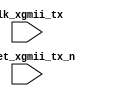
module sync_clk_core(/*AUTOARG*/
  // Inputs
  clk_xgmii_tx, reset_xgmii_tx_n
  );
 
input         clk_xgmii_tx;
input         reset_xgmii_tx_n;
 
//input         ctrl_tx_disable_padding;
 
//output        ctrl_tx_disable_padding_ccr;
 
 
/*AUTOREG*/
 
/*AUTOWIRE*/
 
//wire  [0:0]             sig_out;
 
//assign {ctrl_tx_disable_padding_ccr} = sig_out;
 
//meta_sync #(.DWIDTH (1)) meta_sync0 (
//                      // Outputs
//                      .out              (sig_out),
//                      // Inputs
//                      .clk              (clk_xgmii_tx),
//                      .reset_n          (reset_xgmii_tx_n),
//                      .in               ({
//                                          ctrl_tx_disable_padding
//                                         }));
 
endmodule